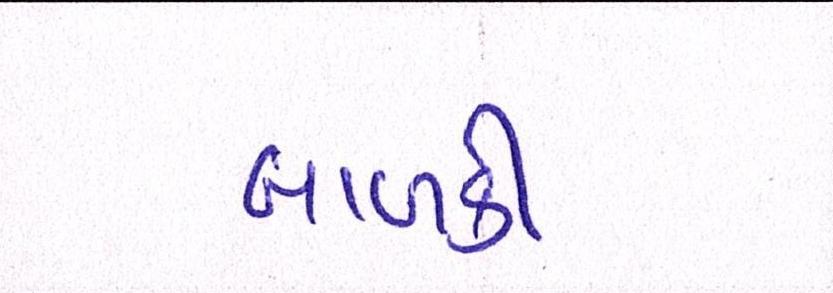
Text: બાળકી